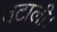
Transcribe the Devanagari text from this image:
बटाली।